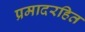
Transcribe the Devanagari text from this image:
प्रमादरहित